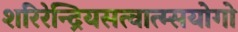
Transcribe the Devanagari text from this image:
शरिरेन्द्रियसत्वात्म्सयोगो